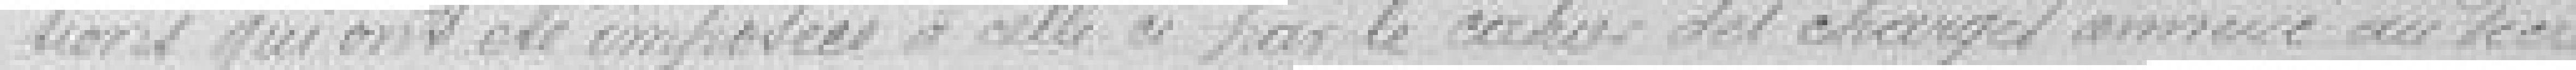
tions qui ont été imposées à celle-ci par le cahier des charges annoncé au décret